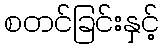
စတင်ခြင်းနှင့်